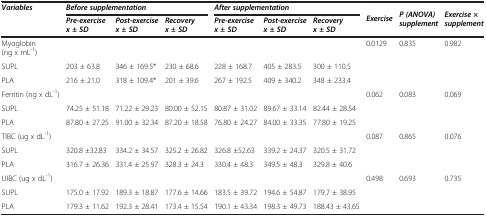
<table><thead><tr><td rowspan="2"><b><i>Variables</i></b></td><td colspan="3"><b><i>Before supplementation</i></b></td><td colspan="3"><b><i>After supplementation</i></b></td><td rowspan="2"><b><i>Exercise</i></b></td><td rowspan="2"><b><i>P (ANOVA) supplement</i></b></td><td rowspan="2"><b><i>Exercise × supplement</i></b></td></tr><tr><td><b><i>Pre-exercise x ± SD</i></b></td><td><b><i>Post-exercise x ± SD</i></b></td><td><b><i>Recovery x ± SD</i></b></td><td><b><i>Pre-exercise x ± SD</i></b></td><td><b><i>Post-exercise x ± SD</i></b></td><td><b><i>Recovery x ± SD</i></b></td></tr></thead><tbody><tr><td>Myoglobin (ng x mL<sup>-1</sup>)</td><td></td><td></td><td></td><td></td><td></td><td></td><td rowspan="3">0.0129</td><td rowspan="3">0.835</td><td rowspan="3">0.982</td></tr><tr><td>SUPL</td><td>203 ± 63.8</td><td>346 ± 169.5*</td><td>230 ± 68.6</td><td>228 ± 168.7</td><td>405 ± 283.5</td><td>300 ± 110.5</td></tr><tr><td>PLA</td><td>216 ± 21.0</td><td>318 ± 109.4*</td><td>201 ± 39.6</td><td>267 ± 192.5</td><td>409 ± 340.2</td><td>348 ± 233.4</td></tr><tr><td>Ferritin (ng x dL<sup>-1</sup>)</td><td></td><td></td><td></td><td></td><td></td><td></td><td rowspan="3">0.062</td><td rowspan="3">0.083</td><td rowspan="3">0.069</td></tr><tr><td>SUPL</td><td>74.25 ± 51.18</td><td>71.22 ± 29.23</td><td>80.00 ± 52.15</td><td>80.87 ± 31.02</td><td>89.67 ± 33.14</td><td>82.44 ± 28.54</td></tr><tr><td>PLA</td><td>87.80 ± 27.25</td><td>91.00 ± 32.34</td><td>87.20 ± 18.58</td><td>76.80 ± 24.27</td><td>84.00 ± 33.35</td><td>77.80 ± 19.25</td></tr><tr><td>TIBC (ug x dL<sup>-1</sup>)</td><td></td><td></td><td></td><td></td><td></td><td></td><td rowspan="3">0.087</td><td rowspan="3">0.865</td><td rowspan="3">0.076</td></tr><tr><td>SUPL</td><td>320.8 ±32.83</td><td>334.2 ± 34.57</td><td>325.2 ± 26.82</td><td>326.8 ±52.63</td><td>339.2 ± 24.37</td><td>320.5 ± 31.72</td></tr><tr><td>PLA</td><td>316.7 ± 26.36</td><td>331.4 ± 25.97</td><td>328.3 ± 24.3</td><td>330.4 ± 48.3</td><td>349.5 ± 48.3</td><td>329.8 ± 40.6</td></tr><tr><td>UIBC (ug x dL<sup>-1</sup>)</td><td></td><td></td><td></td><td></td><td></td><td></td><td rowspan="3">0.498</td><td rowspan="3">0.693</td><td rowspan="3">0.735</td></tr><tr><td>SUPL</td><td>175.0 ± 17.92</td><td>189.3 ± 18.87</td><td>177.6 ± 14.66</td><td>183.5 ± 39.72</td><td>194.6 ± 54.87</td><td>179.7 ± 38.95</td></tr><tr><td>PLA</td><td>179.3 ± 11.62</td><td>192.3 ± 28.41</td><td>173.4 ± 15.54</td><td>190.1 ± 43.34</td><td>198.3 ± 49.73</td><td>188.43 ± 43.65</td></tr></tbody></table>